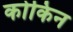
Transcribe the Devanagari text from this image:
कोकिन